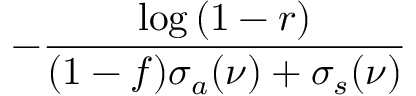
- \frac { \log { ( 1 - r ) } } { ( 1 - f ) \sigma _ { a } ( \nu ) + \sigma _ { s } ( \nu ) }